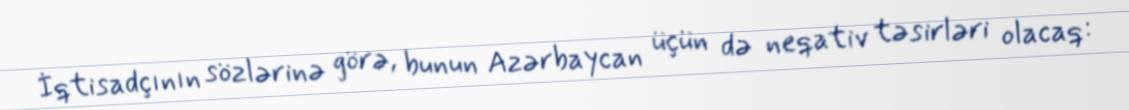
İqtisadçının sözlərinə görə, bunun Azərbaycan üçün də neqativ təsirləri olacaq: